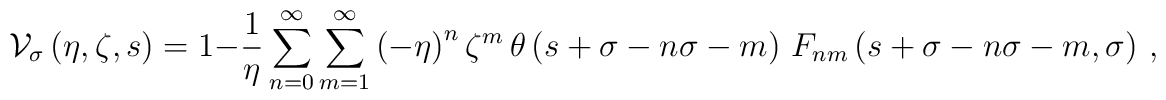
{\cal V}_\sigma\left(\eta,\zeta,s\right)=1-\frac{1}{\eta}\sum_{n=0}^\infty\sum_{m=1}^\infty\left(-\eta\right)^n\zeta^m\,\theta\left(s+\sigma-n\sigma-m\right)\,F_{nm}\left(s+\sigma-n\sigma-m,\sigma\right)\,,